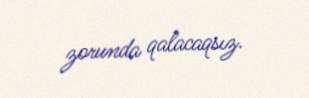
zorunda qalacaqsız.